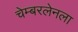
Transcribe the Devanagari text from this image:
चेम्बरलेनला